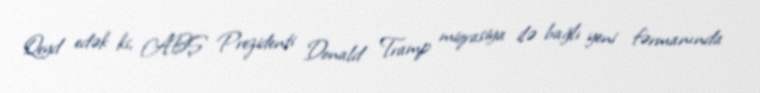
Qeyd edək ki, ABŞ Prezidenti Donald Tramp miqrasiya ilə bağlı yeni fərmanında